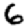
Digit: 6